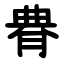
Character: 䐌